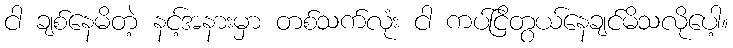
ငါ ချစ်နေမိတဲ့ နင့်အနားမှာ တစ်သက်လုံး ငါ ကပ်ငြိတွယ်နေချင်မိသလိုပေါ့။